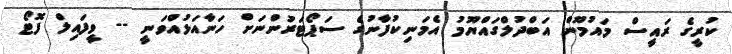
ކުރީގެ ރައީސް މައުމޫން އަބްދުލްގައްޔޫމު އެމަނިކުފާނުގެ ސަޕޯޓަރުންނަށް ހަނާއަޅުއްވަނީ -- ވީފައިލް ފޮޓޯ